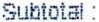
SUBTOTAL :